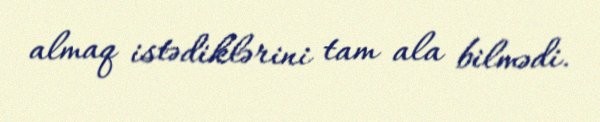
almaq istədiklərini tam ala bilmədi.